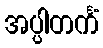
အပ္ပါတင်္ကံ